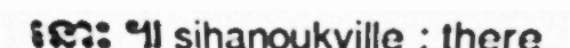
នោះ ៕ sihanoukville : there